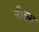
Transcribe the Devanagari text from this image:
नीक्स